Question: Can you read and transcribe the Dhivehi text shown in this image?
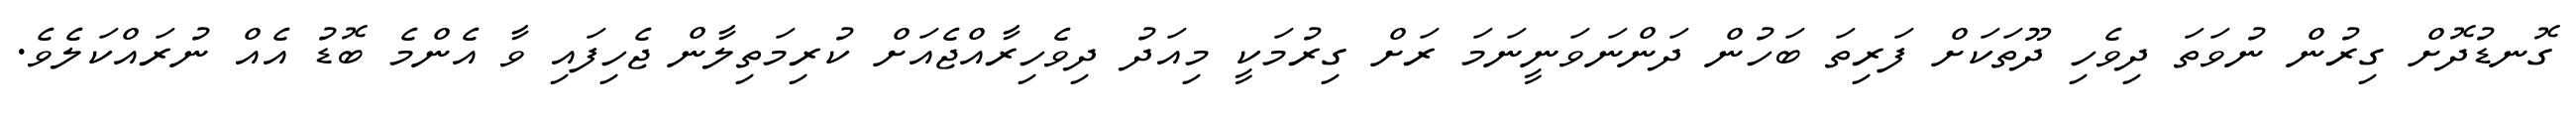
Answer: ގޮނޑުދޮށް ގިރުން ނުވަތަ ދިވެހި ދޫތަކަށް ފަރިތަ ބަހުން ދަންނަވަނީނަމަ ރަށް ގިރުމަކީ މިއަދު ދިވެހިރާއްޖެއަށް ކުރިމަތިލާން ޖެހިފައި ވާ އެންމެ ބޮޑު އެއް ނުރައްކަލެވެ.